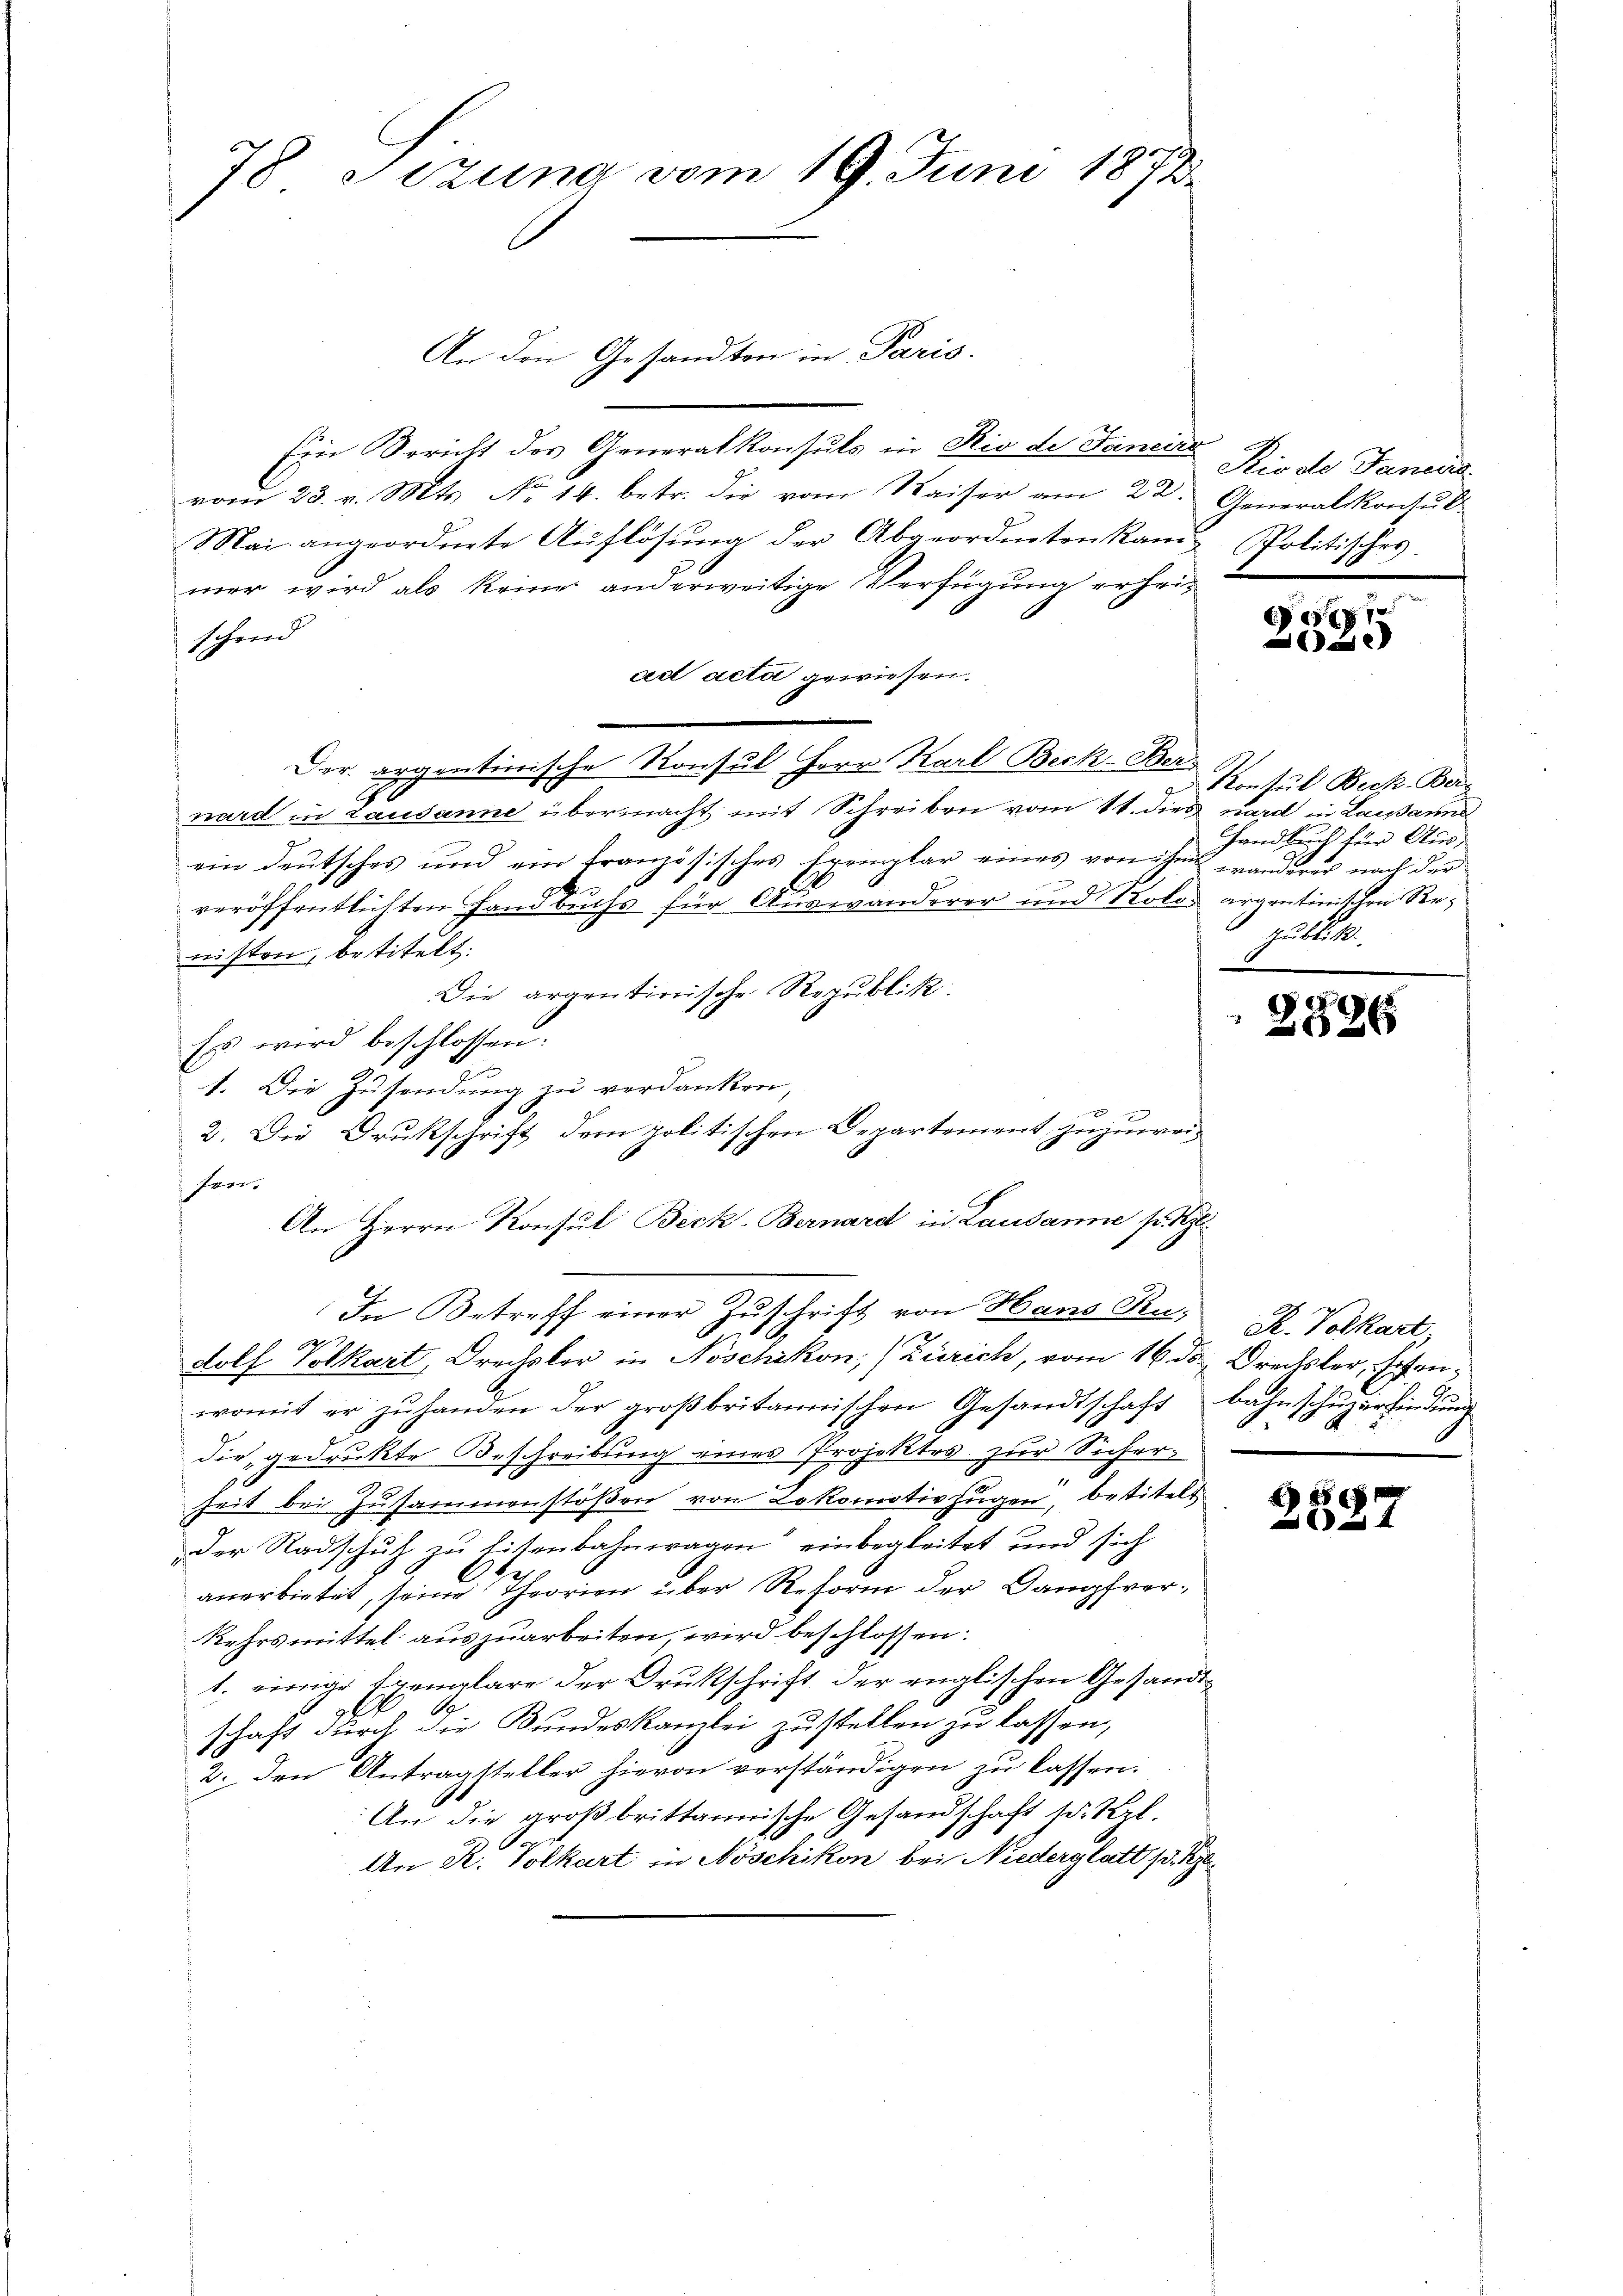
An den Gesandten in Paris.
Ein Bericht des Generalkonsuls in Rio de Janeirz
vom 23. v. Mts. No 14. betr. die vom Kaiser am 22. Generalkonsul-
Mai angeordnete Aŭflösung der Abgeordneten kam Politisches.
mer wird als keine anderweitige Verfügung erheischend
act acta gewiesen.
Der argentinische Konsul Herr Karl Beck-Ber-
nard in Lausanne übermacht mit Schreiben vom 11. dies nard in Lausanne
ein deutsches und ein französisches Exemplar eines von ihm wanderer nach der
veröffentlichten Handbuchs für Auswanderer und Kolo argentinischen Renisten, betitelt.
Die argentiorische Republik
Es wird beschlossen:
1. Die Zusendung zu verdanken,
2. Die Drukschrift dem politischen Departement, zuzuweifror
An Herrn Konsul Beck-Bernard in Lausanne pr. 1
In Betreff einer Zŭschrift von Hans Ku- R. Volkart,
dolf Volkart, Drechsler in Noschikon, Zürich, vom 16. ds. Dreckler, Schanwomit er zŭ handen der großbritannischen Gesandtschaft Bahnschuzerfindung
f
die, gedruckte Beschreibung eines Projektes zur Sicher-
heit bei Zusammenstößen von Lokomotivzügen, betitelt.
der Radschutz zu Eisenbahnwagen“ einbegleitet und sich
anerbietet, seine Theorien über Reform der Dampfver¬
Kehrsmittel auszuarbeiten, wird beschlossen:
1. einige Exemplare der Drukschrift der englischen Gesandtschaft durch die Bundeskanzlei zustellen zu lassen,
2. den Antragsteller hievon verständigen zu lassen.
An die großbrittannische Gesandschaft so Kzl.
An R. Volkart in Nöschikon bei Niederglatt p. Re

78 Setzung vom 19. Juni 1873

Rio de Janeira

7
e

Konsul Beck. Berg
Handbuch für Auszublik

.
626

2

17